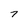
Character: 7